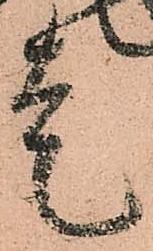
走